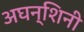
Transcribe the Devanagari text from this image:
अघन्शिनी